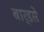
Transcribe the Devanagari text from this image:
बार्डसे